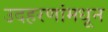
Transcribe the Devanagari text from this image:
उदहरणांमधून